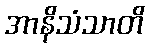
အာနိသံသာတိ